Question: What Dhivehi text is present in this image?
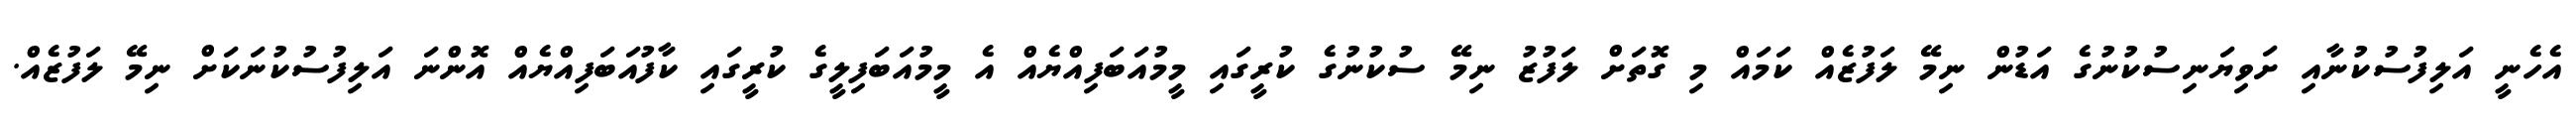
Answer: އެހެނީ އަލިފުސުކުނާއި ށަވިޔަނިސުކުނުގެ އަޑުން ނިމޭ ލަފުޒެއް ކަމައް މި ގޮތަށް ލަފުޒު ނިމޭ ސުކުނުގެ ކުރީގައި މީމުއަބަފިއްޔެއް އެ މީމުއަބަފިލީގެ ކުރީގައި ކާފުއަބަފިއްޔެއް އޮންނަ އަލިފުސުކުނަކަށް ނިމޭ ލަފުޒެއް.